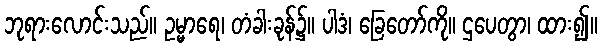
ဘုရားလောင်းသည်။ ဥမ္မာရေ၊ တံခါးခုန်၌။ ပါဒံ၊ ခြေတော်ကို။ ဌပေတွာ၊ ထား၍။